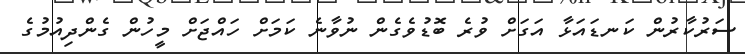
ސަރުކާރުން ކަނޑައަޅާ އަގަށް ވުރެ ބޮޑުވެގެން ނުވާނެ ކަމަށް ހައްޖަށް މީހުން ގެންދިއުމުގެ